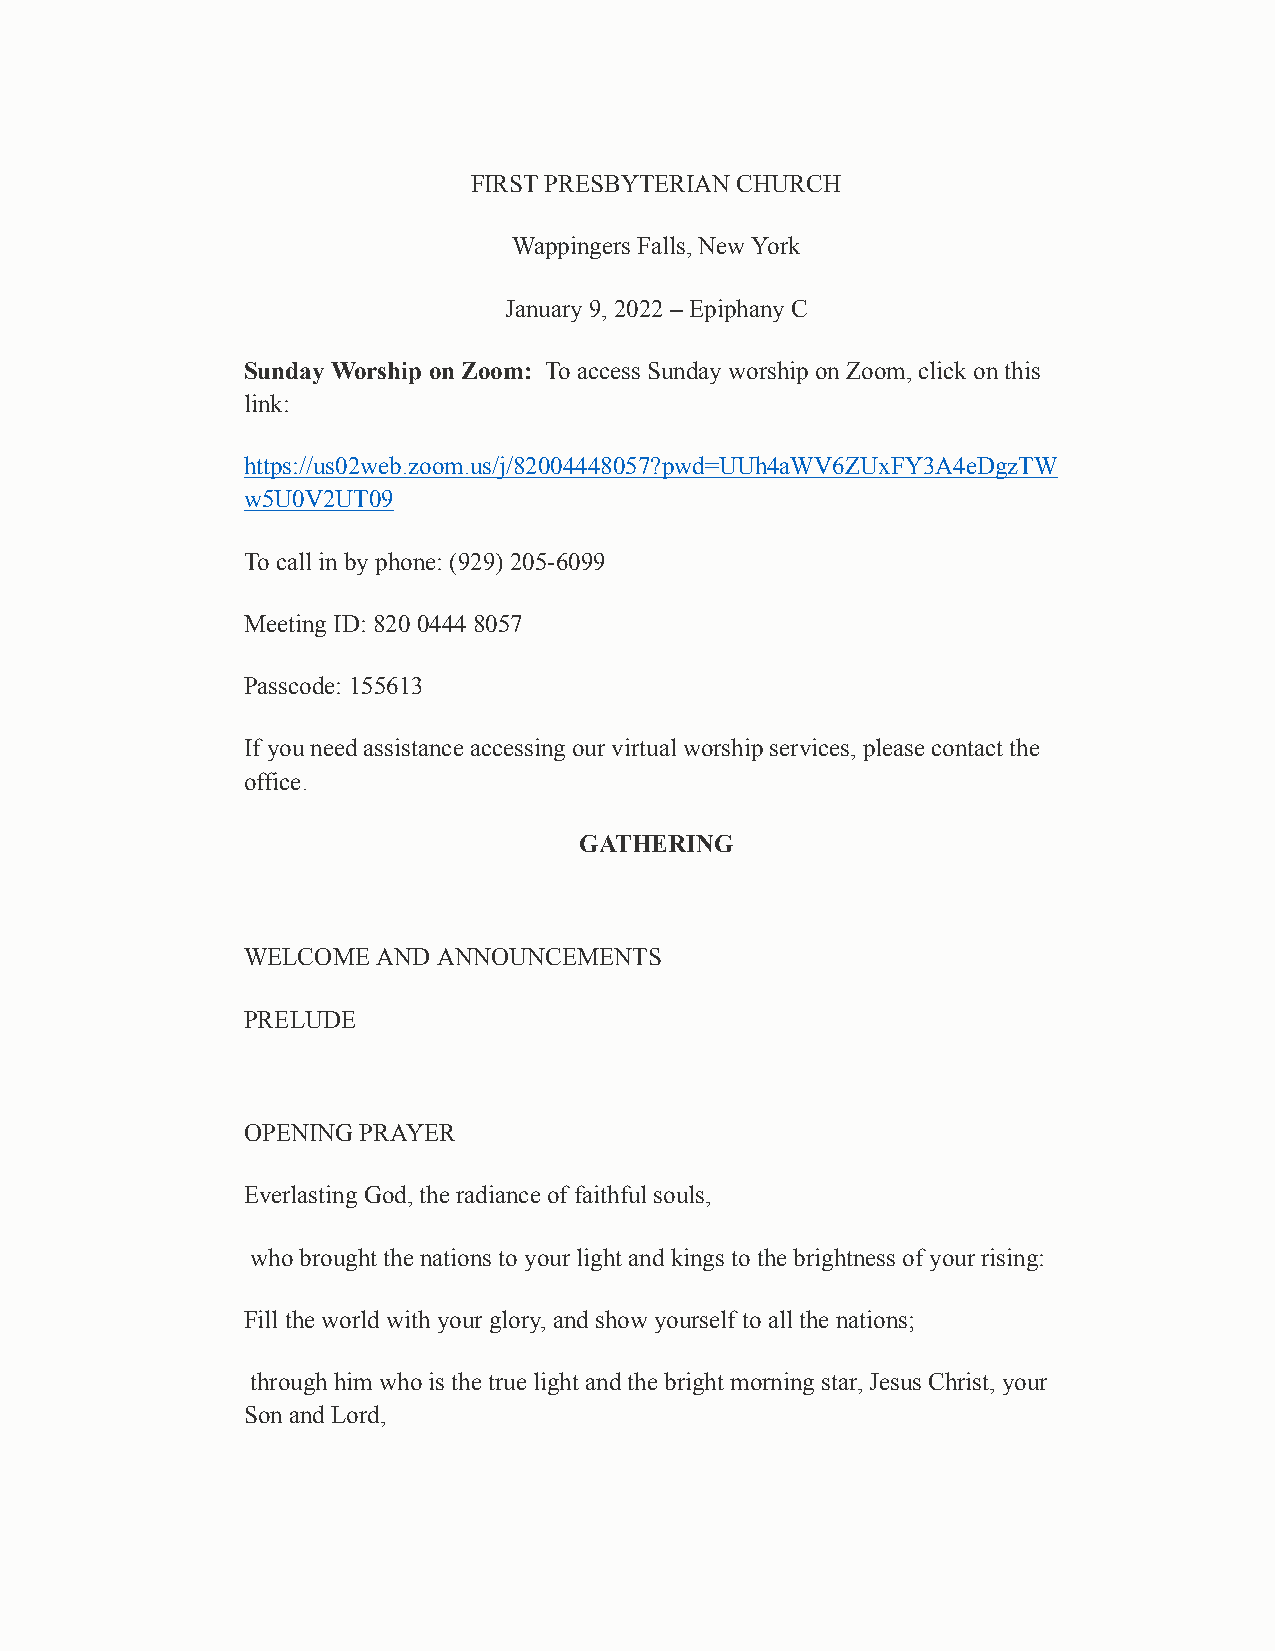
FIRST PRESBYTERIAN CHURCH
 Wappingers Falls, New York
 January 9, 2022 – Epiphany C
 Sunday Worship on Zoom: To access Sunday worship on Zoom, click on this
 link:
 https://us02web.zoom.us/j/82004448057?pwd=UUh4aWV6ZUxFY3A4eDgzTW
 w5U0V2UT09
 To call in by phone: (929) 205-6099
 Meeting ID: 820 0444 8057
 Passcode: 155613
 If you need assistance accessing our virtual worship services, please contact the
 office.
 GATHERING
 WELCOME  AND ANNOUNCEMENTS
 PRELUDE
 OPENING PRAYER
 Everlasting God, the radiance of faithful souls,
 who brought the nations to your light and kings to the brightness of your rising:
 Fill the world with your glory, and show yourself to all the nations;
 through him who is the true light and the bright morning star, Jesus Christ, your
 Son and Lord,